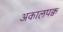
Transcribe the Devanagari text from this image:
अकालपक्व